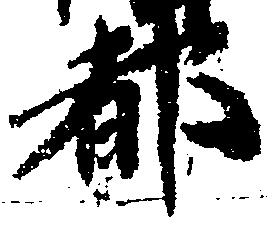
都